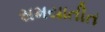
સમયાતીત